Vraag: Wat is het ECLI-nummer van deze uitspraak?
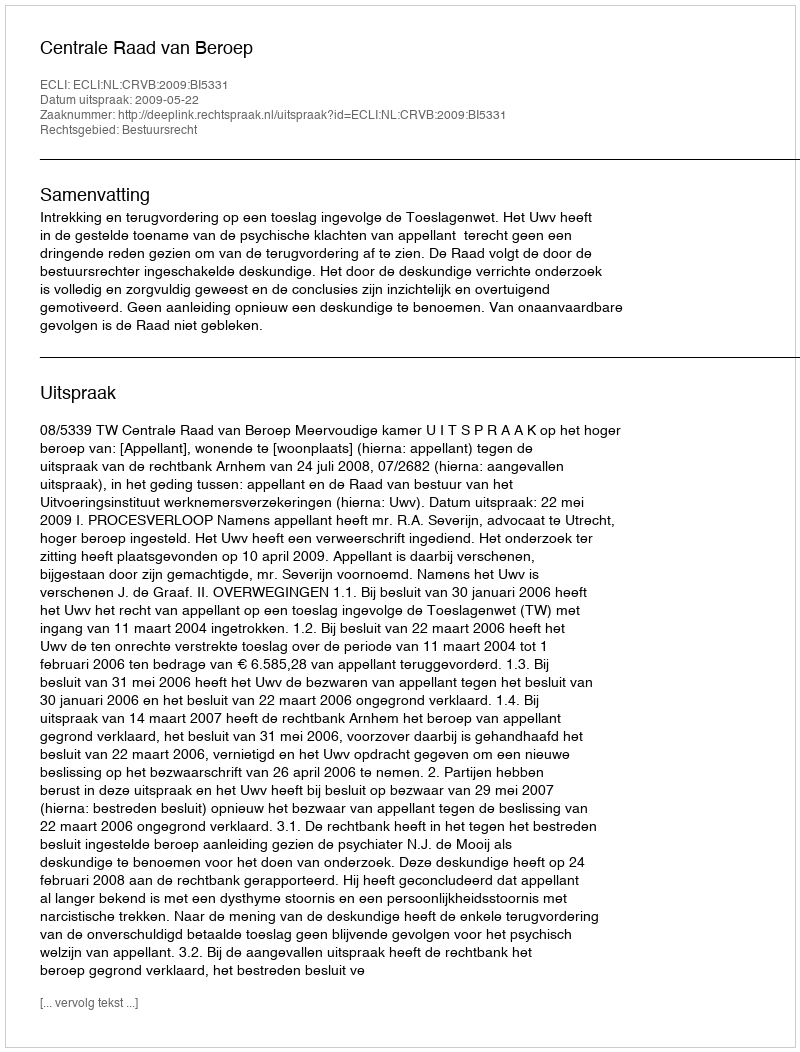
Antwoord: ECLI:NL:CRVB:2009:BI5331